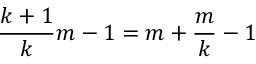
{ \frac { k + 1 } { k } } m - 1 = m + { \frac { m } { k } } - 1